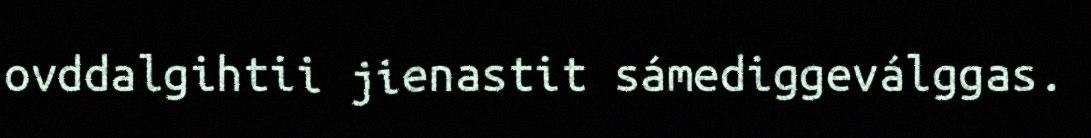
ovddalgihtii jienastit sámediggeválggas.